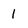
Character: 1